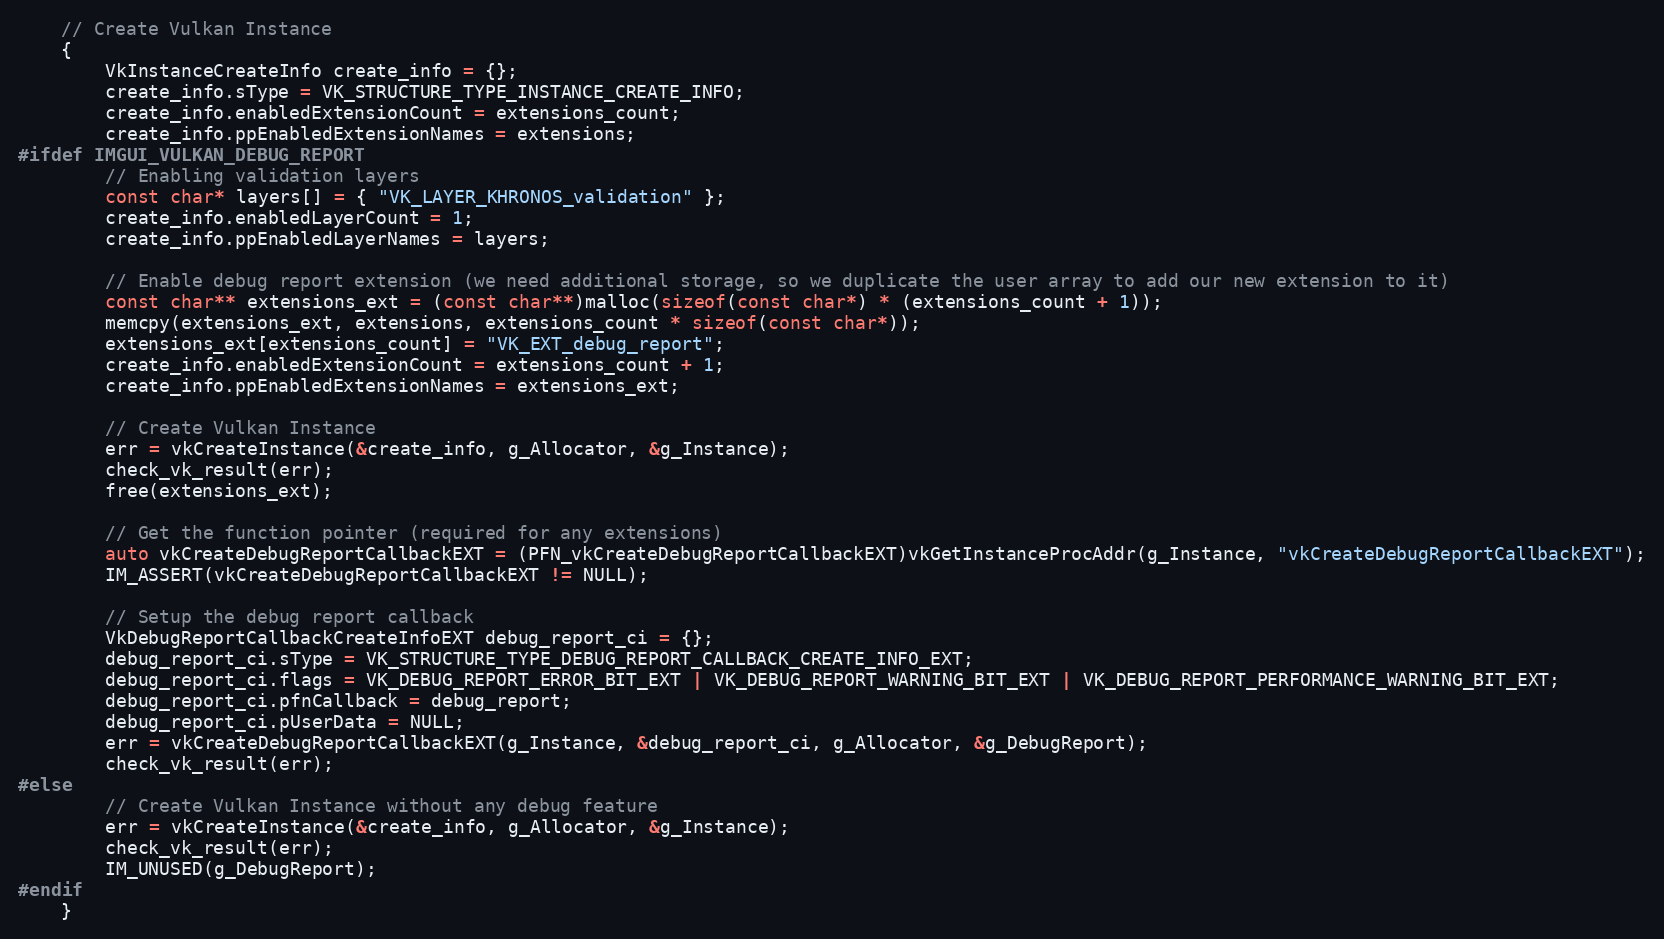
Language: C++
    // Create Vulkan Instance
    {
        VkInstanceCreateInfo create_info = {};
        create_info.sType = VK_STRUCTURE_TYPE_INSTANCE_CREATE_INFO;
        create_info.enabledExtensionCount = extensions_count;
        create_info.ppEnabledExtensionNames = extensions;
#ifdef IMGUI_VULKAN_DEBUG_REPORT
        // Enabling validation layers
        const char* layers[] = { "VK_LAYER_KHRONOS_validation" };
        create_info.enabledLayerCount = 1;
        create_info.ppEnabledLayerNames = layers;

        // Enable debug report extension (we need additional storage, so we duplicate the user array to add our new extension to it)
        const char** extensions_ext = (const char**)malloc(sizeof(const char*) * (extensions_count + 1));
        memcpy(extensions_ext, extensions, extensions_count * sizeof(const char*));
        extensions_ext[extensions_count] = "VK_EXT_debug_report";
        create_info.enabledExtensionCount = extensions_count + 1;
        create_info.ppEnabledExtensionNames = extensions_ext;

        // Create Vulkan Instance
        err = vkCreateInstance(&create_info, g_Allocator, &g_Instance);
        check_vk_result(err);
        free(extensions_ext);

        // Get the function pointer (required for any extensions)
        auto vkCreateDebugReportCallbackEXT = (PFN_vkCreateDebugReportCallbackEXT)vkGetInstanceProcAddr(g_Instance, "vkCreateDebugReportCallbackEXT");
        IM_ASSERT(vkCreateDebugReportCallbackEXT != NULL);

        // Setup the debug report callback
        VkDebugReportCallbackCreateInfoEXT debug_report_ci = {};
        debug_report_ci.sType = VK_STRUCTURE_TYPE_DEBUG_REPORT_CALLBACK_CREATE_INFO_EXT;
        debug_report_ci.flags = VK_DEBUG_REPORT_ERROR_BIT_EXT | VK_DEBUG_REPORT_WARNING_BIT_EXT | VK_DEBUG_REPORT_PERFORMANCE_WARNING_BIT_EXT;
        debug_report_ci.pfnCallback = debug_report;
        debug_report_ci.pUserData = NULL;
        err = vkCreateDebugReportCallbackEXT(g_Instance, &debug_report_ci, g_Allocator, &g_DebugReport);
        check_vk_result(err);
#else
        // Create Vulkan Instance without any debug feature
        err = vkCreateInstance(&create_info, g_Allocator, &g_Instance);
        check_vk_result(err);
        IM_UNUSED(g_DebugReport);
#endif
    }